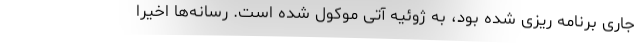
جاری برنامه ریزی شده بود، به ژوئیه آتی موکول شده است. رسانه‌ها اخیرا